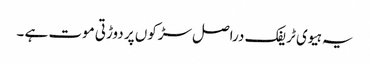
یہ ہیوی ٹریفک دراصل سڑکوں پر دوڑتی موت ہے ۔